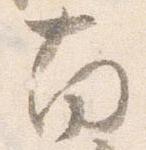
南